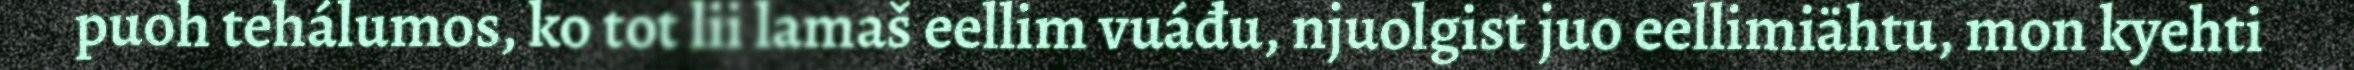
puoh tehálumos, ko tot lii lamaš eellim vuáđu, njuolgist juo eellimiähtu, mon kyehti